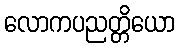
လောကပညတ္တိယော